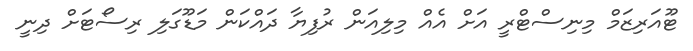
ޓޫއަރިޒަމް މިނިސްޓްރީ އަށް އެއް މިލިއަން ރުފިޔާ ދައްކަން މަޑޫގަލި ރިސޯޓަށް ދިނީ